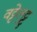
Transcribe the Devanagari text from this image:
वट्टेलुट्टु